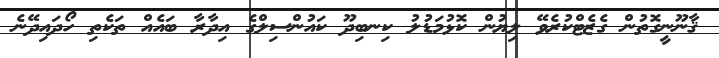
ޤާނޫނީގޮތުން ގެޒެޓްކުރެވޭ ލިޔުން ކޮޅުމަޑުލު ކިނބިދޫ ކައުންސިލްގެ އިދާރާ ބައެއް ތަކެތި ހޯދައިދޭނެ